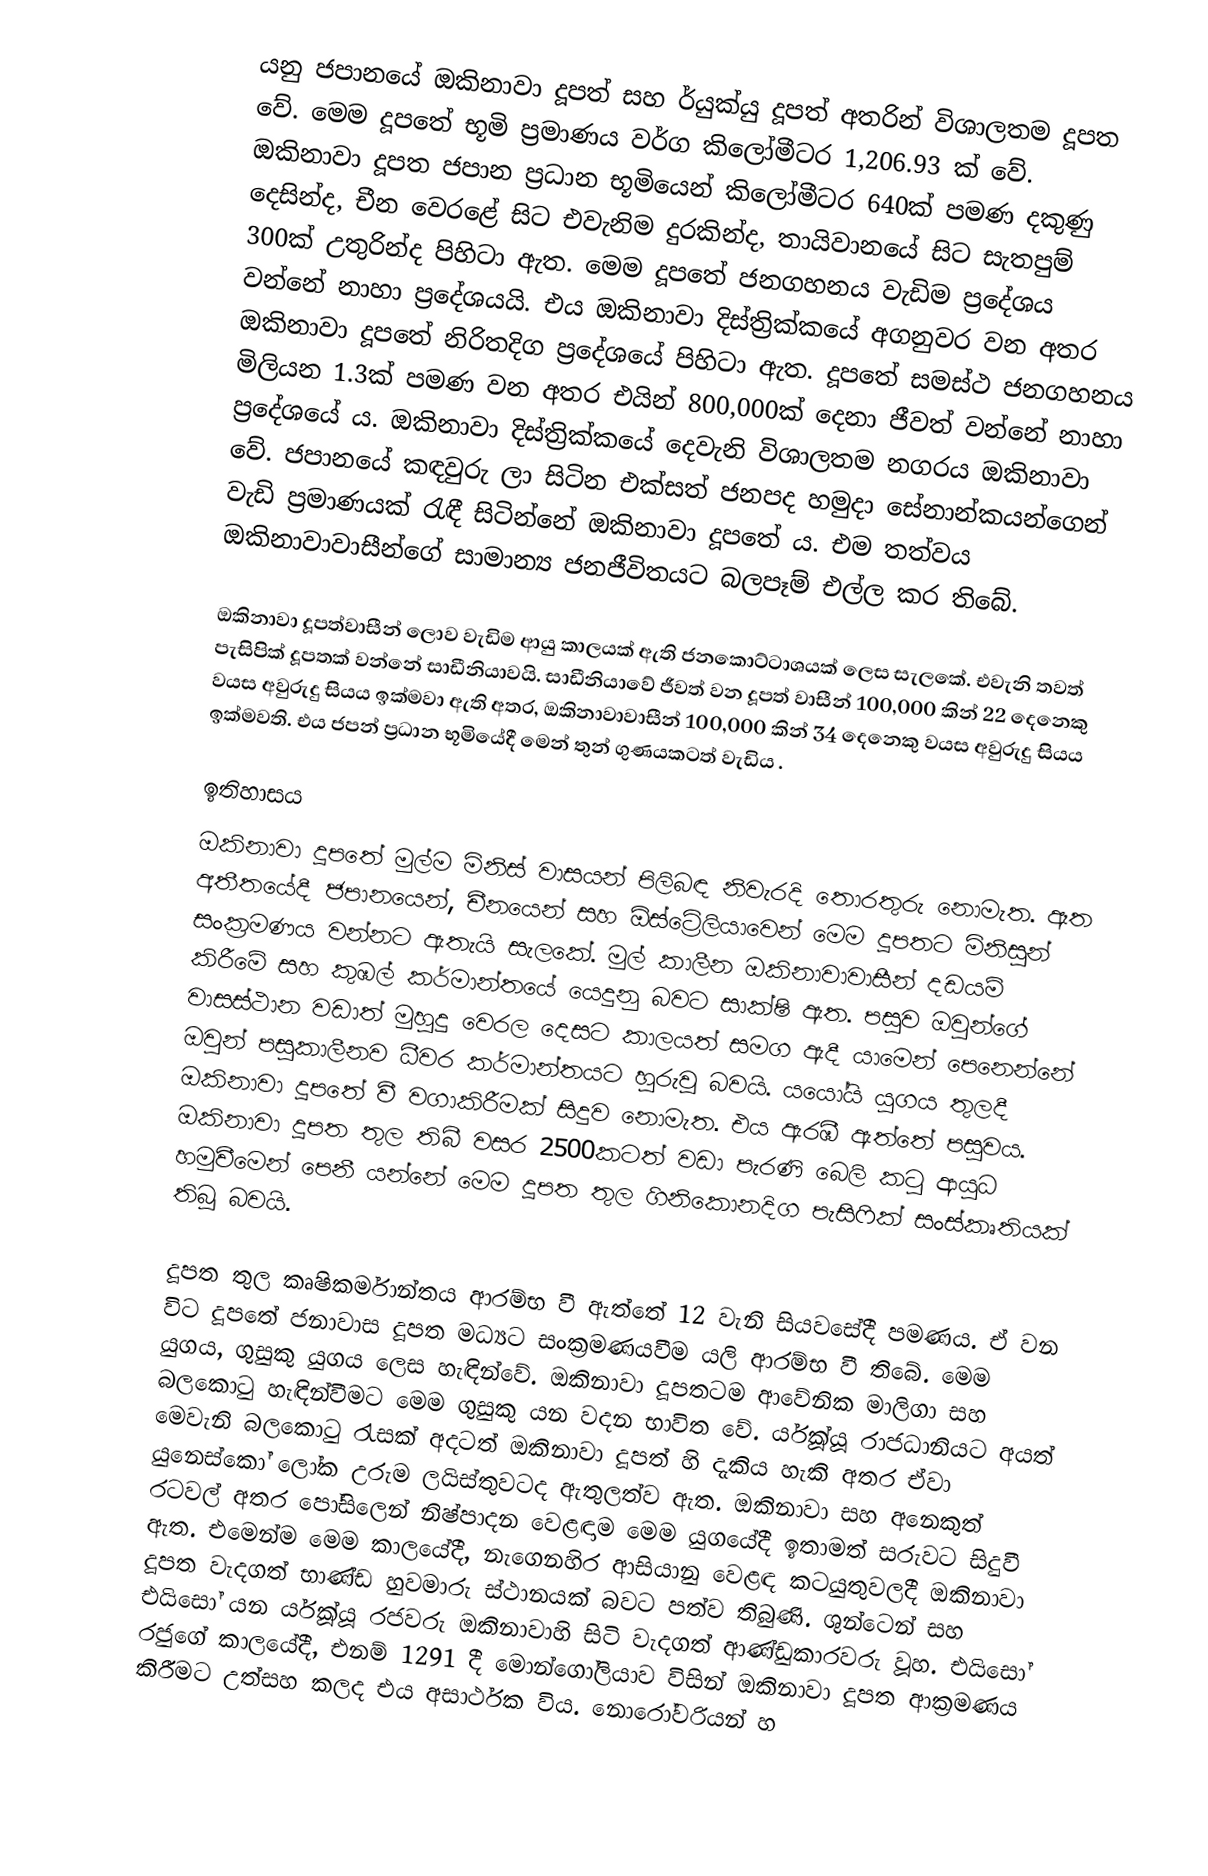
යනු ජපානයේ ඔකිනාවා දූපත් සහ ර්යුක්යු දූපත් අතරින් විශාලතම දූපත වේ. මෙම දූපතේ භූමි ප්‍රමාණය වර්ග කිලෝමීටර 1,206.93 ක් වේ. ඔකිනාවා දූපත ජපාන ප්‍රධාන භූමියෙන් කිලෝමීටර 640ක් පමණ දකුණු දෙසින්ද, චීන වෙරළේ සිට එවැනිම දුරකින්ද, තායිවානයේ සිට සැතපුම් 300ක් උතුරින්ද පිහිටා ඇත. මෙම දූපතේ ජනගහනය වැඩිම ප්‍රදේශය වන්නේ නාහා ප්‍රදේශයයි. එය ඔකිනාවා දිස්ත්‍රික්කයේ අගනුවර වන අතර ඔකිනාවා දූපතේ නිරිතදිග ප්‍රදේශයේ පිහිටා ඇත. දූපතේ සමස්ථ ජනගහනය මිලියන 1.3ක් පමණ වන අතර එයින් 800,000ක් දෙනා ජීවත් වන්නේ නාහා ප්‍රදේශයේ ය. ඔකිනාවා දිස්ත්‍රික්කයේ දෙවැනි විශාලතම නගරය ඔකිනාවා වේ. ජපානයේ කඳවුරු ලා සිටින එක්සත් ජනපද හමුදා සේනාන්කයන්ගෙන් වැඩි ප්‍රමාණයක් රැඳී සිටින්නේ ඔකිනාවා දූපතේ ය. එම තත්වය ඔකිනාවාවාසීන්ගේ සාමාන්‍ය ජනජීවිතයට බලපෑම් එල්ල කර තිබේ.

ඔකිනාවා දූපත්වාසීන් ලොව වැඩිම ආයු කාලයක් ඇති ජනකොට්ටාශයක් ලෙස සැලකේ. එවැනි තවත් පැසිපික් දූපතක් වන්නේ සාඩීනියාවයි. සාඩීනියාවේ ජීවත් වන දූපත් වාසීන් 100,000 කින් 22 දෙනෙකු වයස අවුරුදු සියය ඉක්මවා ඇති අතර, ඔකිනාවාවාසීන් 100,000 කින් 34 දෙනෙකු වයස අවුරුදු සියය ඉක්මවති. එය ජපන් ප්‍රධාන භූමියේදී මෙන් තුන් ගුණයකටත් වැඩිය  .

ඉතිහාසය
ඔකිනාවා දූපතේ මුල්ම මිනිස් වාසයන් පිලිබඳ නිවැරදි තොරතුරු නොමැත. ඈත අතීතයේදී ජපානයෙන්, චීනයෙන් සහ ඕස්ට්‍රේලියාවෙන් මෙම දූපතට මිනිසුන් සංක්‍රමණය වන්නට ඇතැයි සැලකේ. මුල් කාලීන ඔකිනාවාවාසීන් දඩයම් කිරීමේ සහ කුඹල් කර්මාන්තයේ යෙදුනු බවට සාක්ෂි ඇත. පසුව ඔවුන්ගේ වාසස්ථාන වඩාත් මුහුදු වෙරල දෙසට කාලයත් සමග ඇදී යාමෙන් පෙනෙන්නේ ඔවුන් පසුකාලීනව ධීවර කර්මාන්තයට හුරුවූ බවයි. යයෝයි යුගය තුලදී ඔකිනාවා දූපතේ වී වගාකිරීමක් සිදුව නොමැත. එය ඇරඹී ඇත්තේ පසුවය. ඔකිනාවා දූපත තුල තිබී වසර 2500කටත් වඩා පැරණි බෙලි කටු ආයුධ හමුවීමෙන් පෙනී යන්නේ මෙම දූපත තුල ගිනිකොනදිග පැසිෆික් සංස්කෘතියක් තිබූ බවයි.

දූපත තුල කෘෂිකර්මාන්තය ආරම්භ වී ඇත්තේ 12 වැනි සියවසේදී පමණය. ඒ වන විට දූපතේ ජනාවාස දූපත මධ්‍යට සංක්‍රමණයවීම යලි ආරම්භ වී තිබේ. මෙම යුගය, ගුසුකු යුගය ලෙස හැඳින්වේ. ඔකිනාවා දූපතටම ආවේනික මාලිගා සහ බලකොටු හැඳින්වීමට මෙම ගුසුකු යන වදන භාවිත වේ. ර්යූක්යූ රාජධානියට අයත් මෙවැනි බලකොටු රැසක් අදටත් ඔකිනාවා දූපත් හි දැකිය හැකි අතර ඒවා යුනෙස්කෝ ලෝක උරුම ලයිස්තුවටද ඇතුලත්ව ඇත. ඔකිනාවා සහ අනෙකුත් රටවල් අතර පෝසිලෙන් නිෂ්පාදන වෙළඳාම මෙම යුගයේදී ඉතාමත් සරුවට සිදුවී ඇත. එමෙන්ම මෙම කාලයේදී, නැගෙනහිර ආසියානු වෙළඳ කටයුතුවලදී ඔකිනාවා දූපත වැදගත් භාණ්ඩ හුවමාරු ස්ථානයක් බවට පත්ව තිබුණි. ශුන්ටෙන් සහ එයිසෝ යන ර්යූක්යූ රජවරු ඔකිනාවාහි සිටි වැදගත් ආණ්ඩුකාරවරු වූහ. එයිසෝ රජුගේ කාලයේදී, එනම් 1291 දී මොන්ගෝලියාව විසින් ඔකිනාවා දූපත ආක්‍රමණය කිරීමට උත්සහ කලද එය අසාර්ථක විය. නොරෝවරියන් හ